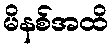
မိနစ်အထိ